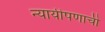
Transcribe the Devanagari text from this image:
न्यायीपणाची